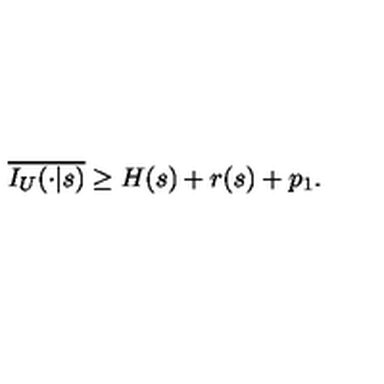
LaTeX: \overline { { I _ { U } ( \cdot | s ) } } \geq H ( s ) + r ( s ) + p _ { 1 } .